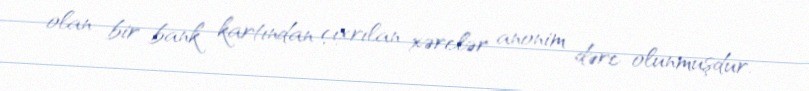
olan bir bank kartından çıxrılan xərclər anonim dərc olunmuşdur.